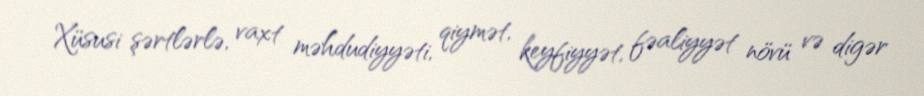
Xüsusi şərtlərlə, vaxt məhdudiyyəti, qiymət, keyfiyyət, fəaliyyət növü və digər